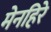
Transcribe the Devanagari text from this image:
मेनहिरे